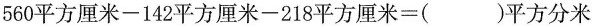
560平方厘米-142平方厘米-218平方厘米=()平方分米